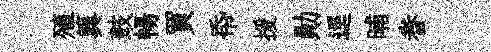
殖簨鼓暢買帋援勛逕晡眷